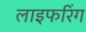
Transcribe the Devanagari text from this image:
लाइफरिंग